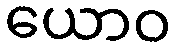
ယောဝ